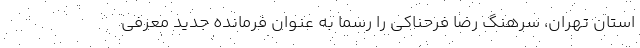
استان تهران، سرهنگ رضا فرحناکی را رسماً به عنوان فرمانده جدید معرفی